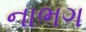
નાભગ